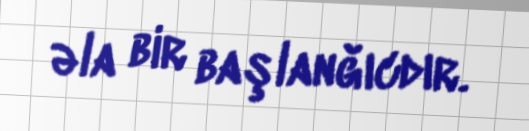
əla bir başlanğıcdır.